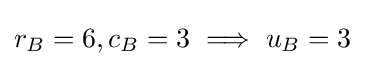
r_{B}=6,c_{B}=3\implies u_{B}=3